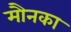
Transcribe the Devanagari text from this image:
मौनका